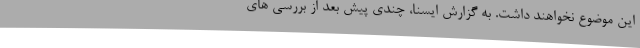
این موضوع نخواهند داشت. به گزارش ایسنا، چندی پیش بعد از بررسی های